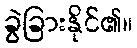
ခွဲခြားနိုင်၏။